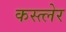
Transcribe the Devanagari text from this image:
कस्त्लेर